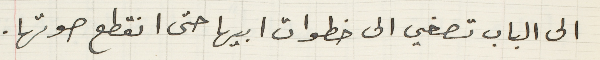
الى الباب تصغي الى خطوات ابيها حتى انقطع صوتها.